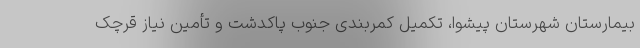
بیمارستان شهرستان پیشوا، تکمیل کمربندی جنوب پاکدشت و تأمین نیاز قرچک